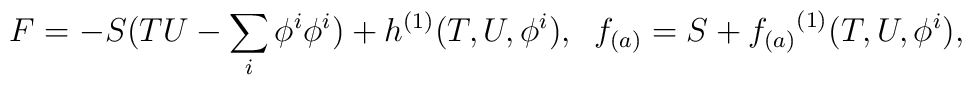
F = -S(TU - \sum_i \phi^i \phi^i) + {h}^{(1)}(T,U,\phi^i),\;\;f_{(a)} = S + {f_{(a)}}^{(1)}(T,U,\phi^i),